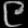
Digit: ၉